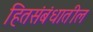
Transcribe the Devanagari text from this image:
हितसंबंधातील